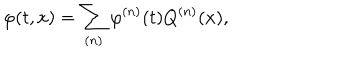
\varphi ( t , x ) = \sum _ { ( n ) } \varphi ^ { ( n ) } ( t ) Q ^ { ( n ) } ( x ) ,